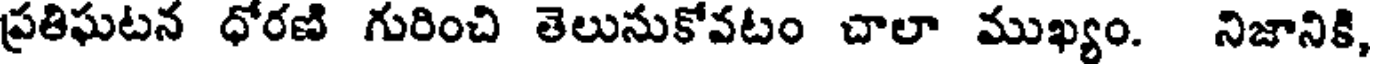
ప్రతిఘటన ధోరణి గురించి తెలునుకోవటం చాలా ముఖ్యం. నిజానికి,